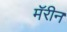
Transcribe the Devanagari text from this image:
मॅरीन